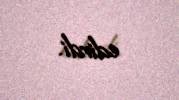
edirdi.